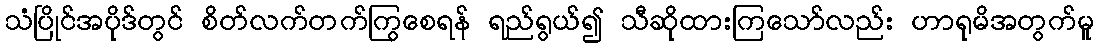
သံပြိုင်အပိုဒ်တွင် စိတ်လက်တက်ကြွစေရန် ရည်ရွယ်၍ သီဆိုထားကြသော်လည်း ဟာရုမိအတွက်မူ